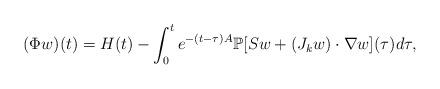
LaTeX: \begin{align*}(\Phi w)(t)=H(t)-\int_0^t e^{-(t-\tau)A}\mathbb P[Sw+(J_kw)\cdot\nabla w](\tau)d\tau,\end{align*}